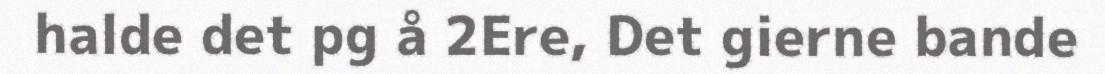
halde det pg å 2Ere, Det gierne bande